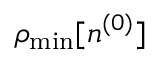
\rho _ { \mathrm { m i n } } [ n ^ { ( 0 ) } ]